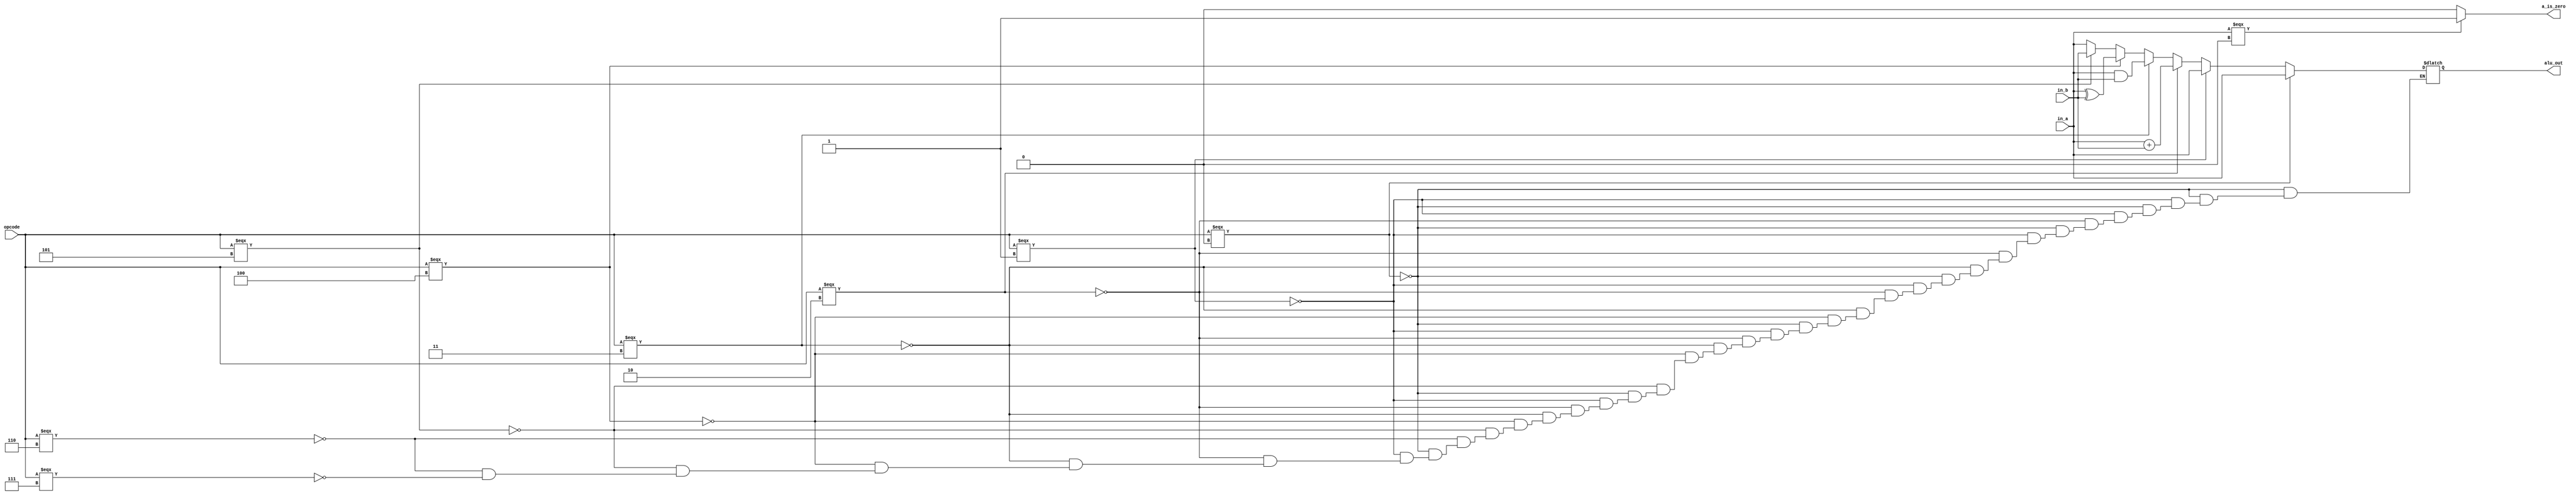
module alu
 #(
	parameter WIDTH=8
	)
	(
		input wire [WIDTH-1:0] in_a, in_b, 
		input wire [2:0] opcode, 
		output reg [WIDTH-1:0] alu_out,
		output reg a_is_zero
	);
	
	always @*
		begin
			a_is_zero = (in_a === 1'b0) ? 1'b1 : 1'b0;
			if ( opcode === 3'd0) alu_out = in_a;        else
			if ( opcode === 3'd1) alu_out = in_a;        else
			if ( opcode === 3'd2) alu_out = in_a + in_b; else
			if ( opcode === 3'd3) alu_out = in_a & in_b; else
			if ( opcode === 3'd4) alu_out = in_a ^ in_b; else
			if ( opcode === 3'd5) alu_out = in_b;        else
			if ( opcode === 3'd6) alu_out = in_a;        else
			if ( opcode === 3'd7) alu_out = in_a;
		end

endmodule